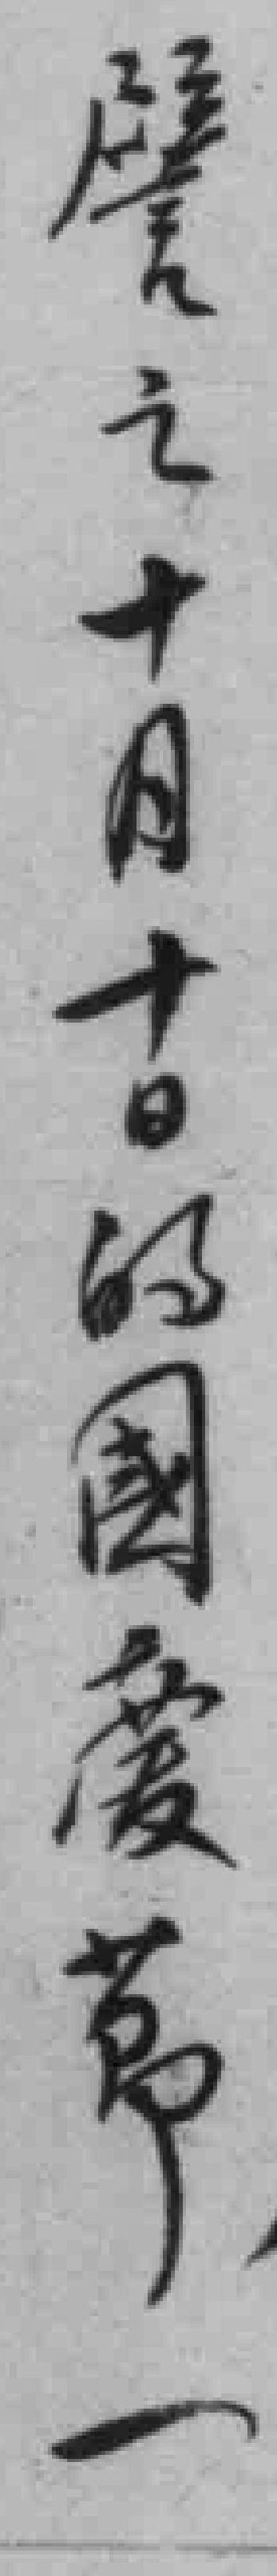
譬之十月十日的國慶節一